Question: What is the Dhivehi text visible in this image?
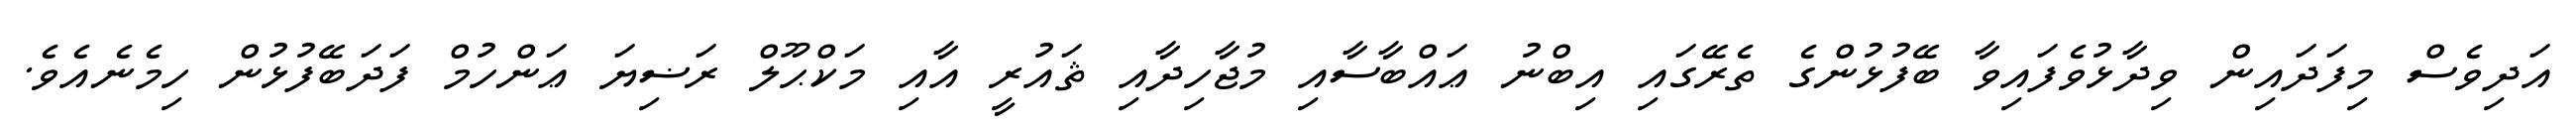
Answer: އަދިވެސް މިފަދައިން ވިދާޅުވެފައިވާ ބޭފުޅުންގެ ތެރޭގައި އިބްނު ޢައްބާސާއި މުޖާހިދާއި ޘައުރީ އާއި މަކްޙޫލް ރަޟިޔަ ޢަންހުމް ފަދަބޭފުޅުން ހިމެނެއެވެ.